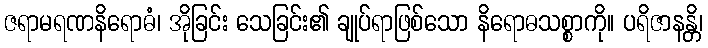
ဇရာမရဏနိရောဓံ၊ အိုခြင်း သေခြင်း၏ ချုပ်ရာဖြစ်သော နိရောဓသစ္စာကို။ ပရိဇာနန္တိ၊